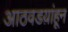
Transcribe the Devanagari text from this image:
आठवडय़ांहून